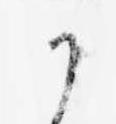
か